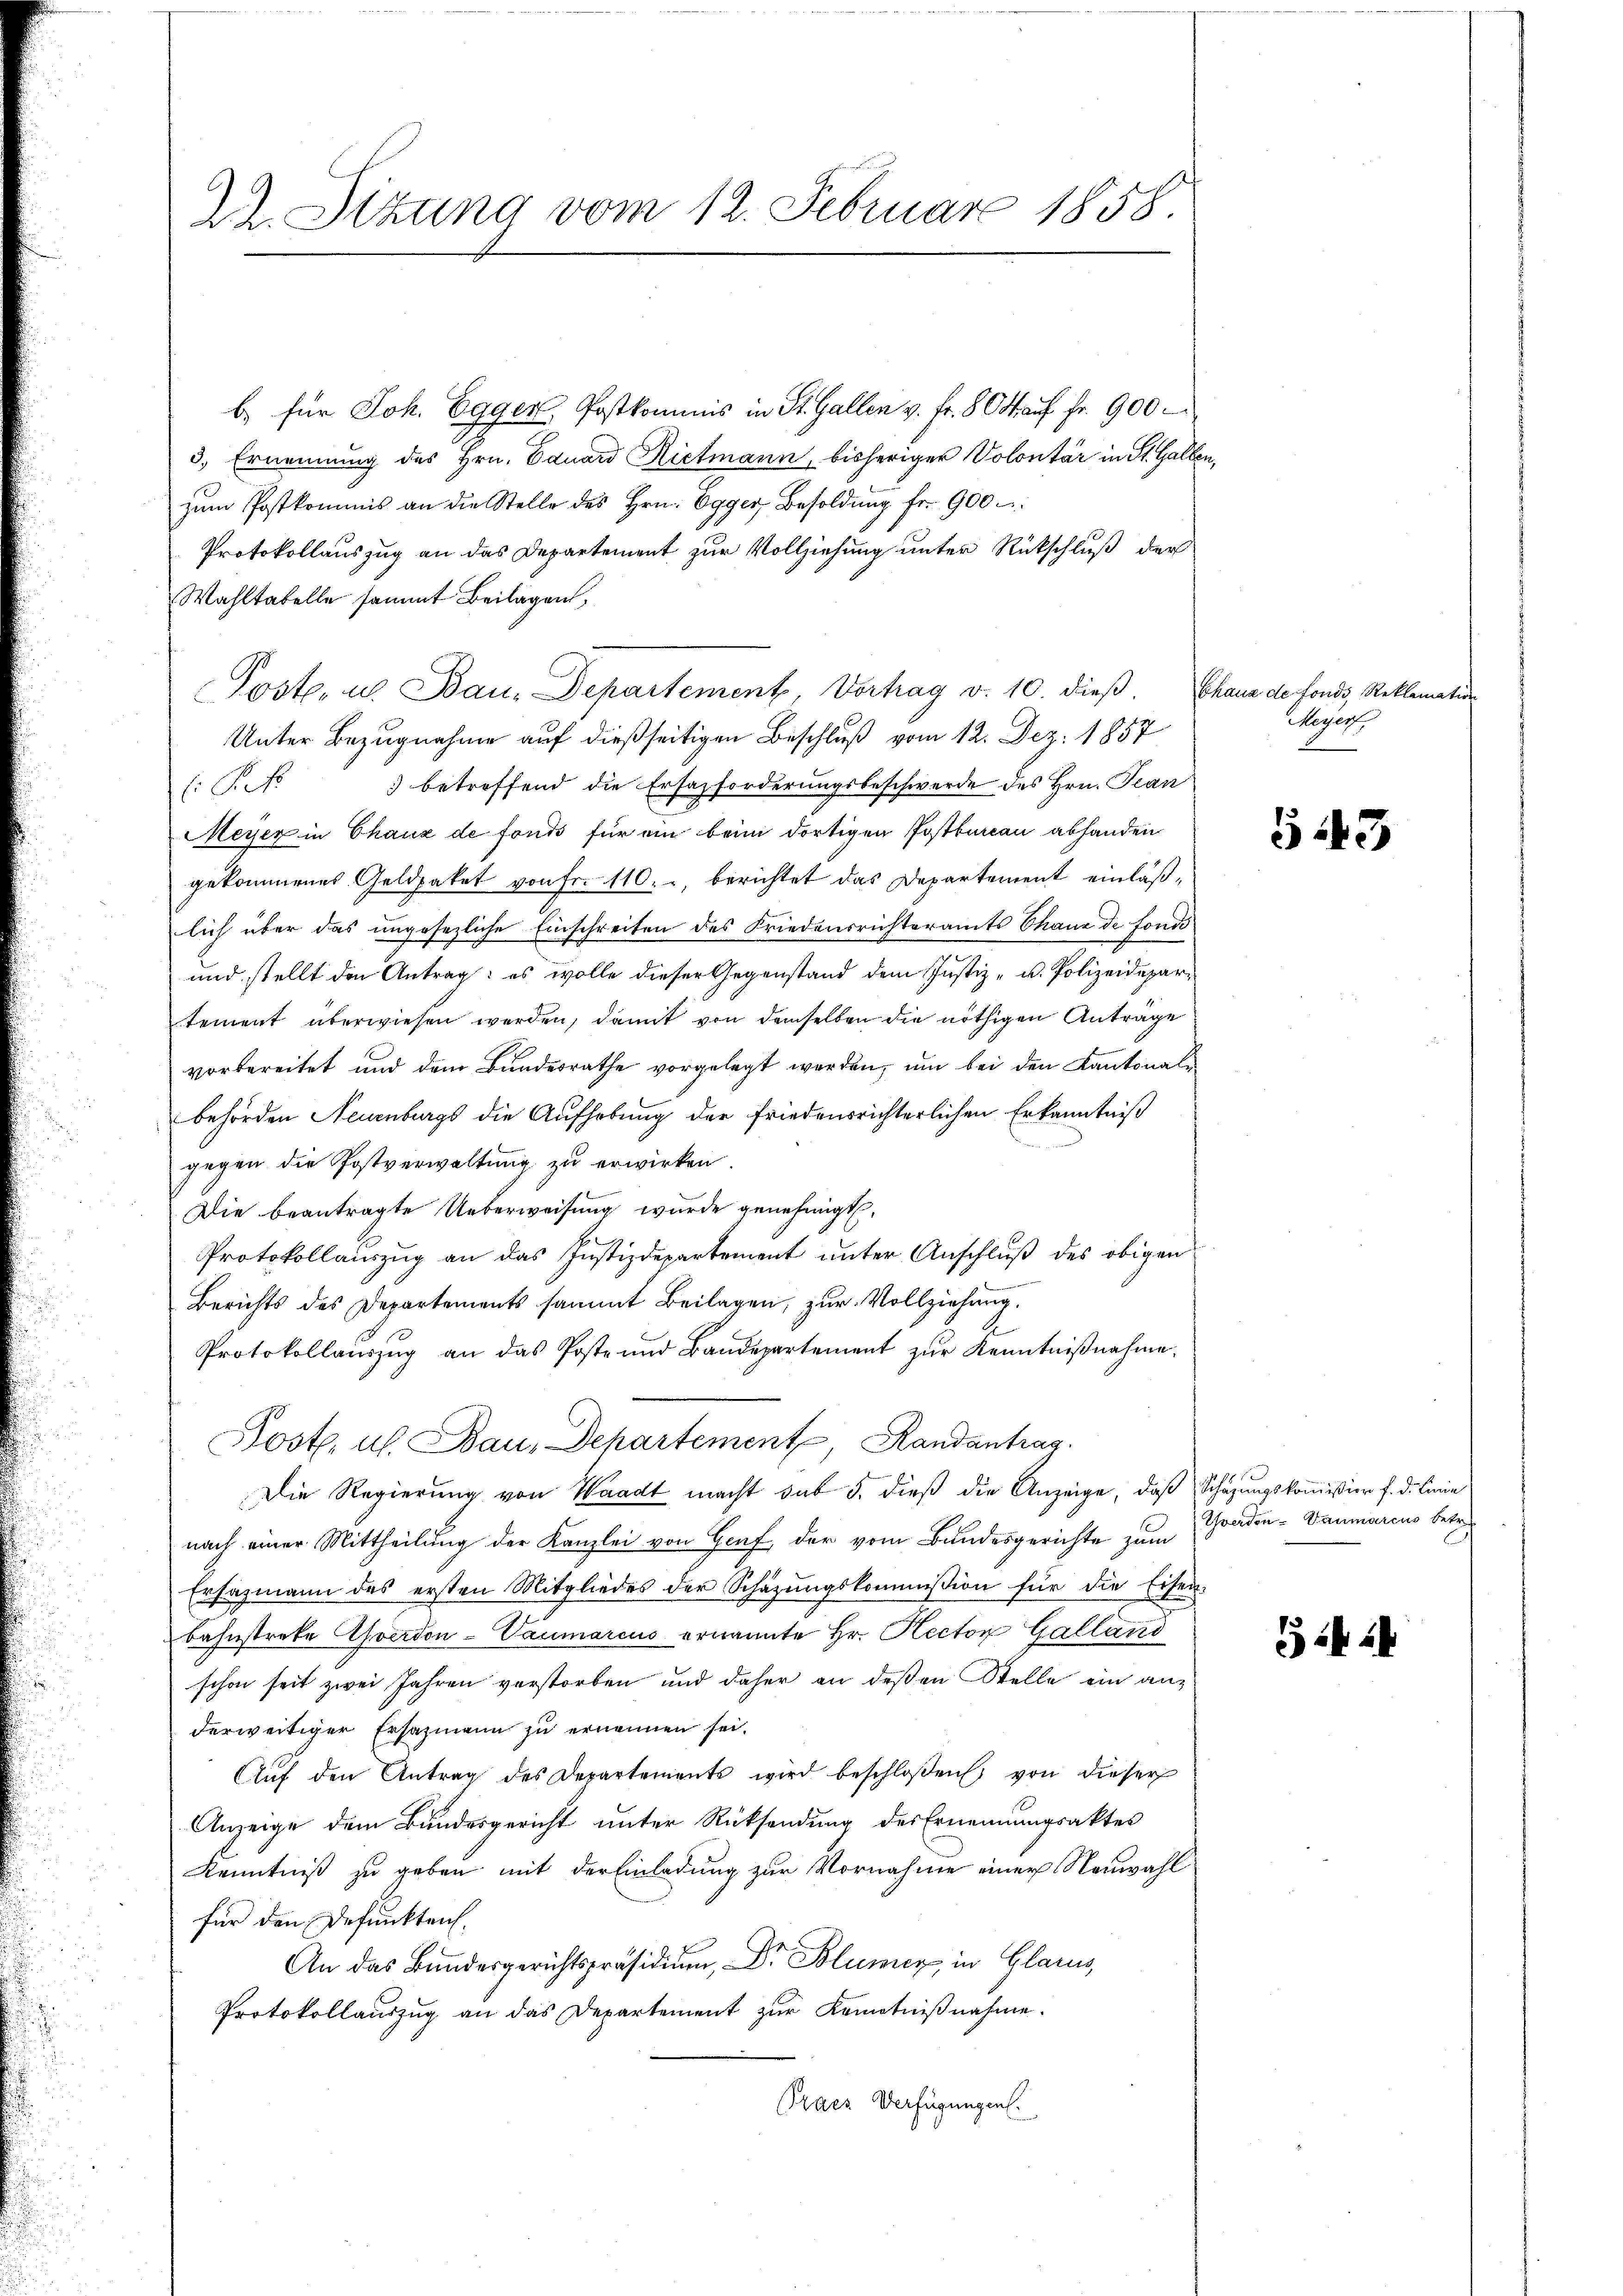
dh. Sitzung vom 12. Februar 1858.

b. für Joh. Egger, Postkommnis in St. Gallen v. fr. 80 auf Fr. 900.
3.) Ernennung des Hrn. Eduard Rietmann, bisheriger Volontär in St. Gallen,
zŭm Postkommis an die Stelle des Hrn. Egger Besoldung fr. 900
Protokollauszug an das Departement zur Vollziehung unter Rückschluß der
Wahltabelle sammt Beilagen,
Poste, u. Bau-Departement, Vortrag v. 10. dieß,
Unter Bezugnahme auf dießseitigen Beschluß vom 12. Dez. 1857
l. P. 3 betreffend die Ersazforderungsbeschwerde des Hrn. Jean
Meyer in Chaux de fonds für ein beim dortigen Postbureau abhanden
gekommenes Geldpaket von Fr. 110., berichtet das Departement einläßlich über das ungesezliche Einschreiten des Friedensrichteramts Chaux de fonds¬
und stellt den Antrag: es wolle dieser Gegenstand dem Justiz- u. Polizeidepartement überwiesen werden, damit von demselben die nöthigen Anträge
vorbereitet und dem Bundesrathe vorgelegt werden, um bei den Kantonale
behörden Neuenburgs die Aufhebung der friedensrichterlichen Erkanntniß
gegen die Postverwaltŭng zŭ erwirken.
Die beantragte Ueberweisung wurde genehmigt.
Protokollauszug an das Justizdepartement unter Anschluß des obigen
Berichts des Departements sammt Beilagen, zur Vollziehung.
Protokollaŭszŭg an das Poste und Bandepartement zŭr Kenntniβnahme.
Koste. u. Bau, Departement, Randantrag
Die Regierung von Waadt macht das 5. dieß die Anzeige, daß Schazungskommißion f. d. Linie
nach einer Mittheilung der Kanzlei von Genf, der vom Bundesgerichte zum
Ersazmann des ersten Mitgliedes der Schäzŭngskommission für die Eisen-
Bahnstreke verdon-Vaumarcus ernannte Hr. Rector Galland
schon seit zwei Jahren verstorben und daher an deßen Stelle ein anz
derweitiger Ersazmann zu ernennen sei.
AAŭf den Antrag des Departements wird beschloßen, von dieser
Anzeige dem Bundesgericht unter Rücksendung der Ernennungsaktes
Kenntniß zu geben mit der Einladung zur Vornahme einer Neuwahl
für den Defunkten.
An das Bundesgerichtspräsidiŭm, Dr. Blumer, in Glarus,
Protokollauszug an das Departement zur Kenntnißnahme.
Praer Verfügungen.

Chaus de fonds Reklamation
Meyer

543

Yverdon - Baumarcus betref

24